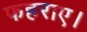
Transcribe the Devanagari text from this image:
फहराए।